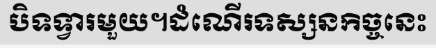
បិទទ្វារមួយ។ដំណើរទស្សនកិច្ចនេះ